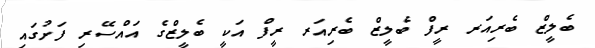
ބެލީޒް ބެރިއަރ ރީފް ބެލީޒް ބެރިއަރ ރީފް އަކީ ބެލީޒްގެ އައްސޭރި ފަށުގައި